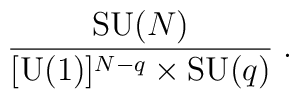
{\mbox{SU}(N)\over [\mbox{U}(1)]^{N-q}\times  \mbox{SU}(q)}\;.